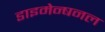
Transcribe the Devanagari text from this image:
डाइमेन्षनल